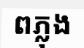
ពភ្លុង